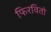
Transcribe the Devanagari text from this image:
फिरवितो